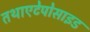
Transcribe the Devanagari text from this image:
तथाएटेपोसाइड